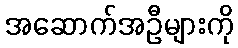
အဆောက်အဦများကို